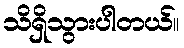
သိရှိသွားပါတယ်။